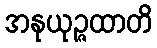
အနုယုဉ္ဇထာတိ